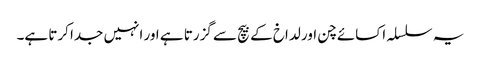
یہ سلسلہ اکسائے چن اور لداخ کے بیچ سے گزرتا ہے اور انہیں جدا کرتا ہے۔